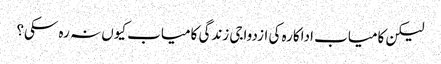
لیکن کامیاب اداکارہ کی ازدواجی زندگی کامیاب کیوں نہ رہ سکی؟